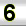
Digit: 6